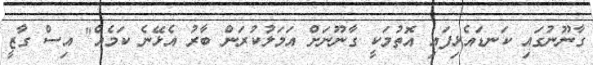
ގާނޫނުގައި ކަނޑައެޅިފައި އޮތުމަކީ ގާނޫނަށް އަމަލުކުރަން ބާރު އެޅޭނެ ކަމެއް" އިސް ގާޒީ